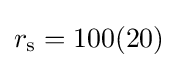
r_{\rm {s}}=100(20)